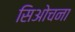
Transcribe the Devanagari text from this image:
सिओचना